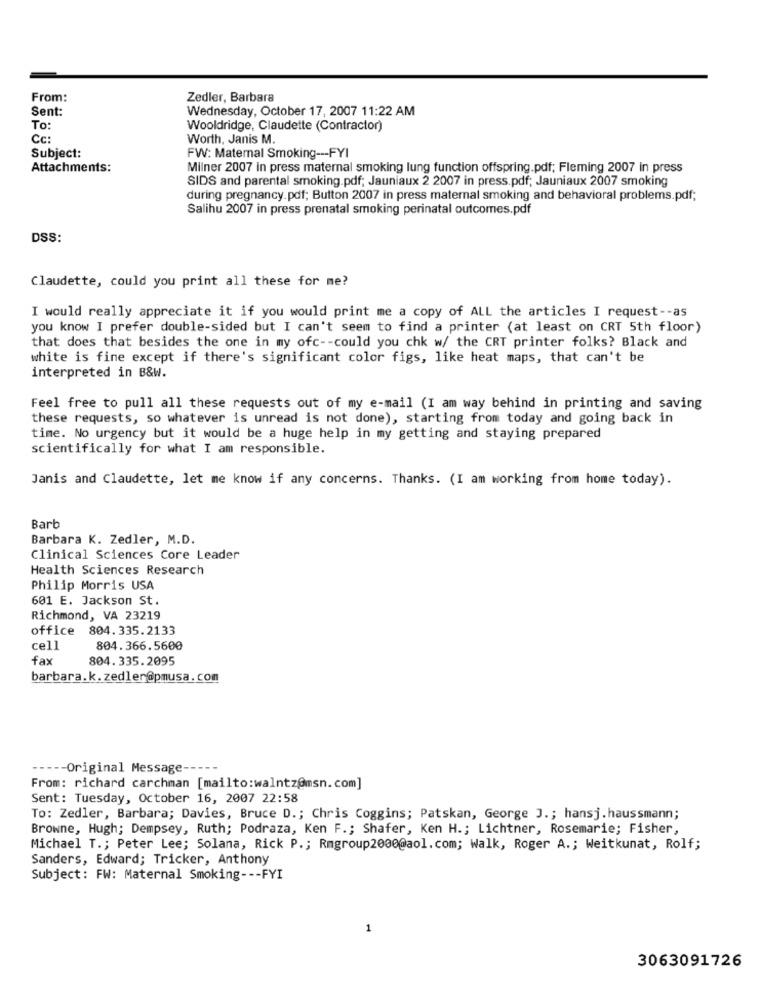
From:
Zedler, Barbara
Sent:
Wednesday, October 17, 2007 11:22 AM
To:
Wooldridge, Claudette (Contractor)
Cc:
Worth, Janis M.
Subject:
FW: Maternal Smoking --- FYI
Attachments:
Milner 2007 in press maternal smoking lung function offspring.pdf; Fleming 2007 in press
SIDS and parental smoking.pdf; Jauniaux 2 2007 in press.pdf; Jauniaux 2007 smoking
during pregnancy.pdf; Button 2007 in press maternal smoking and behavioral problems.pdf;
Salihu 2007 in press prenatal smoking perinatal outcomes.pdf
DSS:
Claudette, could you print all these for me?
I would really appreciate it if you would print me a copy of ALL the articles I request -- as
you know I prefer double-sided but I can't seem to find a printer (at least on CRT 5th floor)
that does that besides the one in my ofc -- could you chk w/ the CRT printer folks? Black and
white is fine except if there's significant color figs, like heat maps, that can't be
interpreted in B&W.
Feel free to pull all these requests out of my e-mail (I am way behind in printing and saving
these requests, so whatever is unread is not done), starting from today and going back in
time. No urgency but it would be a huge help in my getting and staying prepared
scientifically for what I am responsible.
Janis and Claudette, let me know if any concerns. Thanks. (I am working from home today).
Barb
Barbara K. Zedler, M.D.
Clinical Sciences Core Leader
Health Sciences Research
Philip Morris USA
601 E. Jackson St.
Richmond, VA 23219
office 804.335.2133
cell
804.366.5600
fa
804. 335.2095
barbara.k. zedler@pmusa.com
--- Original Message-
From: richard carchman [mailto:walntz@msn. com]
Sent: Tuesday, October 16, 2007 22:58
To: Zedler, Barbara; Davies, Bruce D .; Chris Coggins; Patskan, George J .; hansj. haussmann;
Browne, Hugh; Dempsey, Ruth; Podraza, Ken F .; Shafer, Ken H .; Lichtner, Rosemarie; Fisher,
Michael T .; Peter Lee; Solana, Rick P .; Rmgroup2000@aol.com; Walk, Roger A .; Weitkunat, Rolf;
Sanders, Edward; Tricker, Anthony
Subject: FW: Maternal Smoking --- FYI
1
3063091726